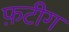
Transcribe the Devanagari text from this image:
फ़टीग